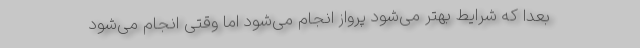
بعداً که شرایط بهتر می‌شود پرواز انجام می‌شود اما وقتی انجام می‌شود